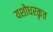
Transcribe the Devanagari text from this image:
यशोधरकृत